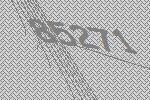
85271